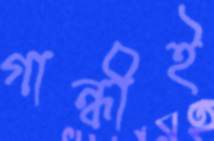
গান্ধীই